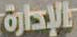
الإدارة